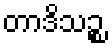
တာဒိသဉ္စ